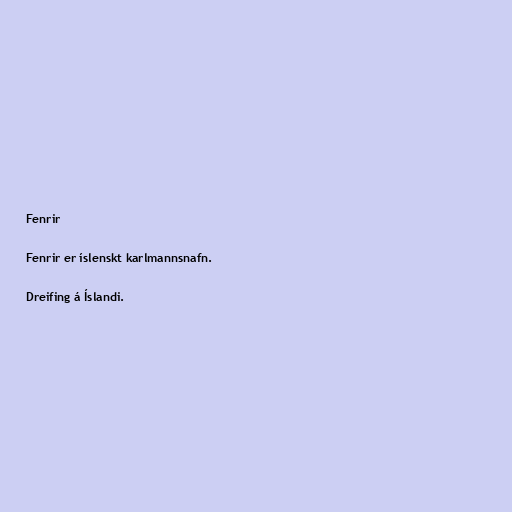
Fenrir

Fenrir er íslenskt karlmannsnafn.

Dreifing á Íslandi.